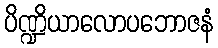
ပိဏ္ဍိယာလောပဘောဇနံ